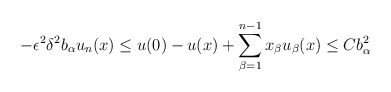
\begin{align*}- \epsilon^2 \delta^2 b_{\alpha} u_n (x) \leq u(0) - u(x) + \sum_{\beta = 1}^{n-1} x_\beta u_\beta (x) \leq C b_\alpha^2\end{align*}